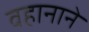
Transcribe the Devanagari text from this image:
वहानाने